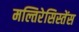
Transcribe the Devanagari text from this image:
मल्तिरेसिस्तेंस